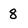
Character: 8